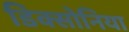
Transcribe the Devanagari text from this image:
डिक्सोनिया